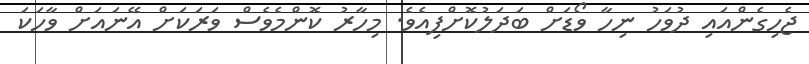
ޖެހިގެންއައި ދުވަހު ނިހާ ވޯޑަށް ބަދަލުކޮށްފިއެވެ. މިހާރު ކޮންމެވެސް ވަރަކަށް އޭނައަށް ވާހަކަ